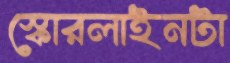
স্কোরলাইনটা